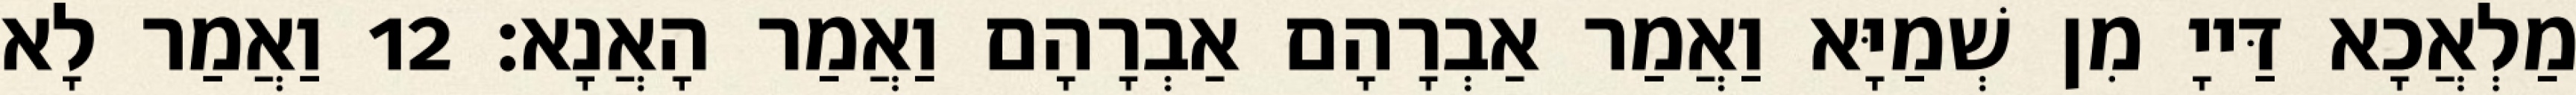
מַלְאֲכָא דַּייָ מִן שְׁמַיָּא וַאֲמַר אַבְרָהָם אַבְרָהָם וַאֲמַר הָאֲנָא׃ 12 וַאֲמַר לָא